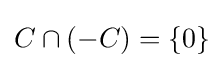
C\cap (-C)=\{0\}